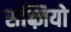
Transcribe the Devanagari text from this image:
सब्ज़ियो